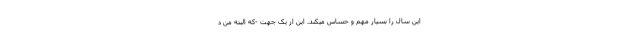
این سال را بسیار مهم و حسّاس میکند. این از یک جهت -که البتّه من د